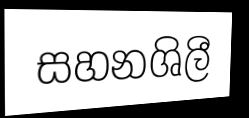
සහනශිලී